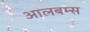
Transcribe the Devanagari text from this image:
आलबम्स